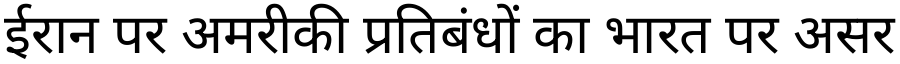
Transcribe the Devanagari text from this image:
ईरान पर अमरीकी प्रतिबंधों का भारत पर असर